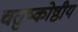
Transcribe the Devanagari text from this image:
चतुष्कोष्ठीय